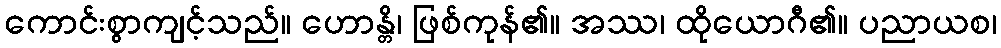
ကောင်းစွာကျင့်သည်။ ဟောန္တိ၊ ဖြစ်ကုန်၏။ အဿ၊ ထိုယောဂီ၏။ ပညာယစ၊